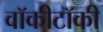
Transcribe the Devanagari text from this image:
वॉकीटॉकी